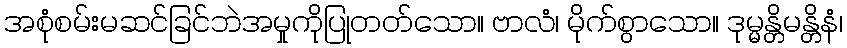
အစုံစမ်းမဆင်ခြင်ဘဲအမှုကိုပြုတတ်သော။ ဗာလံ၊ မိုက်စွာသော။ ဒုမ္မန္တိမန္တိနံ၊